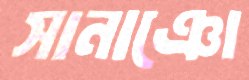
সানাঞো